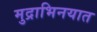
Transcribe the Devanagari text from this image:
मुद्राभिनयात